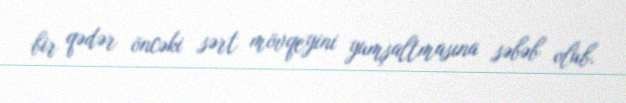
bir qədər öncəki sərt mövqeyini yumşaltmasına səbəb olub.